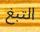
التبغ